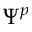
\Psi ^ { p }